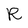
Character: R